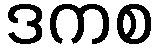
ဒကစ